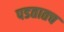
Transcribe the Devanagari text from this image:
पडतातच